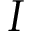
I